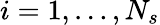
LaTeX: i=1,\ldots,N_{s}